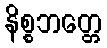
နိစ္စဘတ္တေ